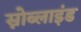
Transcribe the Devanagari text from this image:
स्नोब्लाइंड